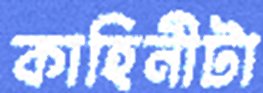
কাহিনীটা